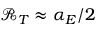
\mathscr { R } _ { T } \approx \alpha _ { E } / 2